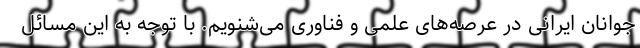
جوانان ایرانی در عرصه‌های علمی و فناوری می‌شنویم. با توجه به این مسائل